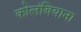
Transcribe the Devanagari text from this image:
कोलंबियाना